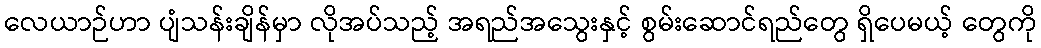
လေယာဉ်ဟာ ပျံသန်းချိန်မှာ လိုအပ်သည့် အရည်အသွေးနှင့် စွမ်းဆောင်ရည်တွေ ရှိပေမယ့် တွေကို